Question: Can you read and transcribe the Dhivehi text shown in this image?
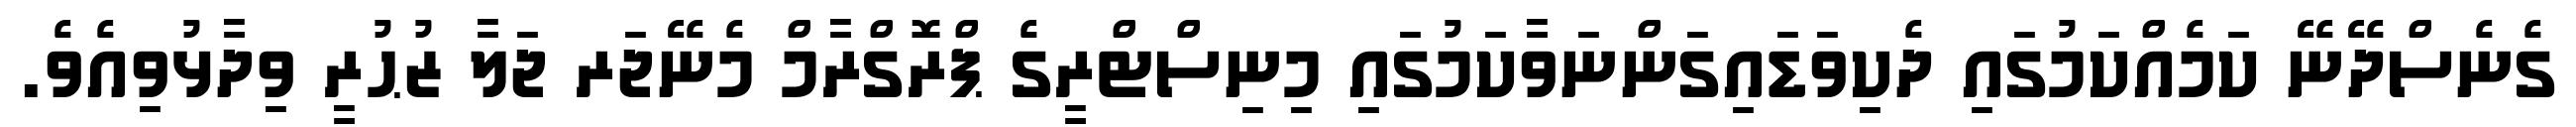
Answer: ގެނެސްދޭނޭ ކަމެއްކަމުގައި ދެކިވަޑައިގަންނަވާކަމުގައި މިނިސްޓްރީގެ ޕްރޮގްރާމް މެނޭޖަރ ޖަލާ ޒުޙުރީ ވިދާޅުވިއެވެ.